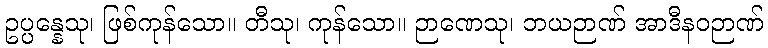
ဥပ္ပန္နေသု၊ ဖြစ်ကုန်သော။ တီသု၊ ကုန်သော။ ဉာဏေသု၊ ဘယဉာဏ် အာဒီနဝဉာဏ်